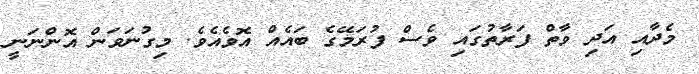
މެދާއި އަދި ވާތް ފަރާތުގައި ވެސް ފުރަމޭގެ ބައެއް އޮވެއެވެ. މިގުނަވަން އޮންނަނީ